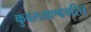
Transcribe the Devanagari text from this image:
कुवलयाश्वचरित्